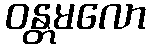
ဝန္တမလော